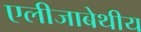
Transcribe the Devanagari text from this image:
एलीजाबेथीय